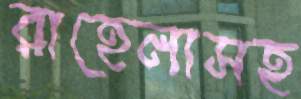
রাহেলাসহ